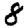
Digit: 8